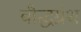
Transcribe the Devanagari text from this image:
बौद्धग्रंथ